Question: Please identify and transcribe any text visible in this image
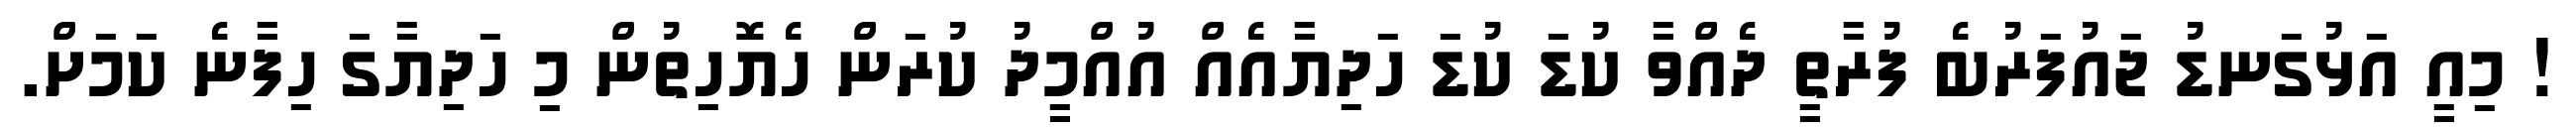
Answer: ! މިއީ އަޅުގަނޑު ޖައުފަރުބެ ފުރާތީ ދެއްވާ ކުޑަ ކުޑަ ހަދިޔާއެއް އުއްމީދު ކުރަން ހެޔޮހިތުން މި ހަދިޔާގަ ހިފާނެ ކަމަށް.